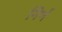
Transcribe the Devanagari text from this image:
निर्ण